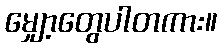
မျှော့တွေပါတကား။